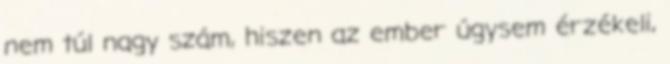
nem túl nagy szám, hiszen az ember úgysem érzékeli,